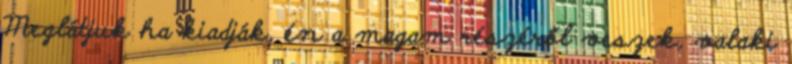
Meglátjuk ha kiadják, én a magam részéről veszek, valaki